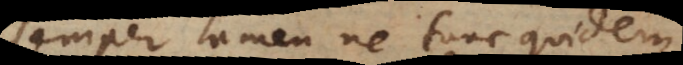
semper tamen ne tunc quidem